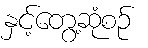
နှင့်တွေ့ဆုံစဉ်